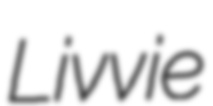
Livvie